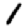
Digit: 1